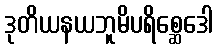
ဒုတိယနယဘူမိပရိစ္ဆေဒေါ